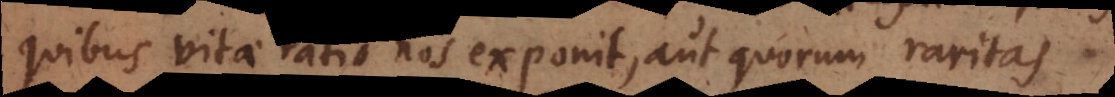
quibus vitae ratio nos exponit, aut quorum raritas